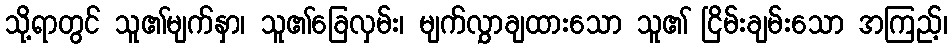
သို့ရာတွင် သူ၏မျက်နှာ၊ သူ၏ခြေလှမ်း၊ မျက်လွှာချထားသော သူ၏ ငြိမ်းချမ်းသော အကြည့်၊